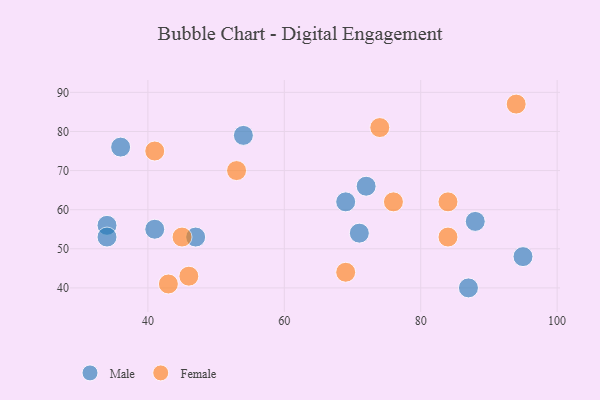
{"axis": {"x": "GDP", "y": "Life Expectancy"}, "legend": ["Female", "Male"], "data": [{"x": "34", "y": 56, "type": "Male"}, {"x": "71", "y": 54, "type": "Male"}, {"x": "47", "y": 53, "type": "Male"}, {"x": "34", "y": 53, "type": "Male"}, {"x": "88", "y": 57, "type": "Male"}, {"x": "69", "y": 62, "type": "Male"}, {"x": "41", "y": 55, "type": "Male"}, {"x": "95", "y": 48, "type": "Male"}, {"x": "36", "y": 76, "type": "Male"}, {"x": "54", "y": 79, "type": "Male"}, {"x": "87", "y": 40, "type": "Male"}, {"x": "72", "y": 66, "type": "Male"}, {"x": "76", "y": 62, "type": "Female"}, {"x": "43", "y": 41, "type": "Female"}, {"x": "41", "y": 75, "type": "Female"}, {"x": "46", "y": 43, "type": "Female"}, {"x": "84", "y": 62, "type": "Female"}, {"x": "74", "y": 81, "type": "Female"}, {"x": "94", "y": 87, "type": "Female"}, {"x": "84", "y": 53, "type": "Female"}, {"x": "69", "y": 44, "type": "Female"}, {"x": "45", "y": 53, "type": "Female"}, {"x": "53", "y": 70, "type": "Female"}]}